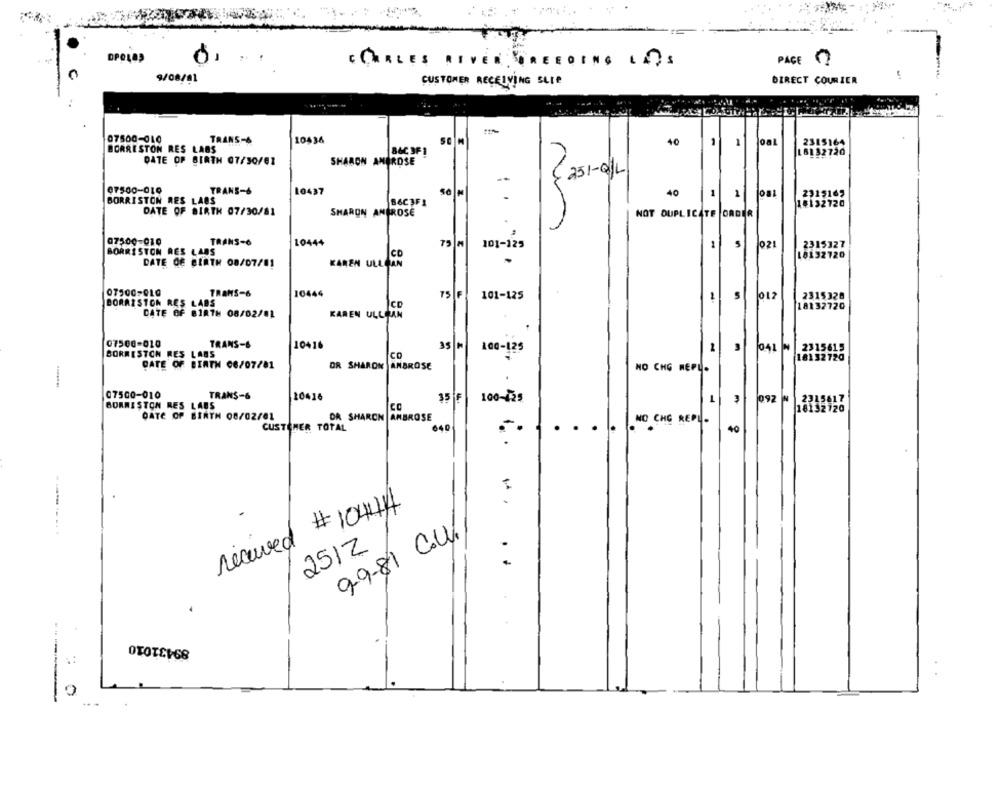
OPOLAŞ
BREEDING LAOS
PAGE
C CHARLES RIVER
9/08/01
DIRECT COURIER
CUSTOMER RECEIVING SLLe
07500-010
TRANS-6
10436
40
oal
BORRESTON RES LABS
8&C 3F 1
2315164
18132720
DATE OF BIRTH 07/30/61
SHARON AMBROSE
07500-010
TRANS-&
10437
40
1
1
2315162
BORRISTON RES LAOS
B6C3FI
18132720
DATE OF BIRTH 07/30/81
SHARON ANGROSE
NOT DUPLICATE ORDER
07500-010
TRANS-6
10444
75 M
101-125
5
021
2315327
BORRISTON RES LARS
co
18132720
DATE DE BIRTH 08/07/81
KAREN ULLOAN
TRANS-6
10444
75 F
101-125
012
2315328
BORAISTON RES LABS
Ico
18132720
DATE OF BIRTH 08/02/01
KAREN ULLEAN
07500-010
TRANS-6
10416
35 H
100-125
041 N
2315615
BORRESTON RES LABS
Ico
18132720
DATE OF BIRTH 08/07/81
OR SHARON AMBROSE
NO CHG MEPL.
07500-010
TRANS-6
10416
BORNISTON RES LABS
35 F
100-125
092
IN
18132720
DATE OF BIRTH 08/02/61
DR SHARON AMBROSE
CUSTOMER TOTAL
640
NO CHO REPL-
40
...
1.4
received # 10414
.
1
---...
9-9-81 Col.
2512
89431010